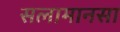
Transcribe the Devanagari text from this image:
सलामानसा